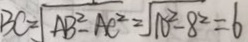
B C = \sqrt { A B ^ { 2 } - A C ^ { 2 } } = \sqrt { 1 0 ^ { 2 } - 8 ^ { 2 } } = 6